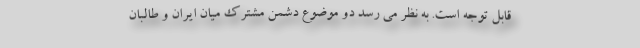
قابل توجه است. به نظر می رسد دو موضوع دشمن مشترک میان ایران و طالبان